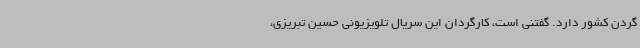
گردن کشور دارد. گفتنی است، کارگردان این سریال تلویزیونی حسین تبریزی،